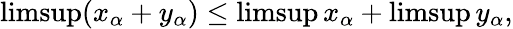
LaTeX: \operatorname*{limsup}(x_{\alpha}+y_{\alpha})\leq\operatorname*{limsup}x_{\alpha}+\operatorname*{limsup}y_{\alpha},